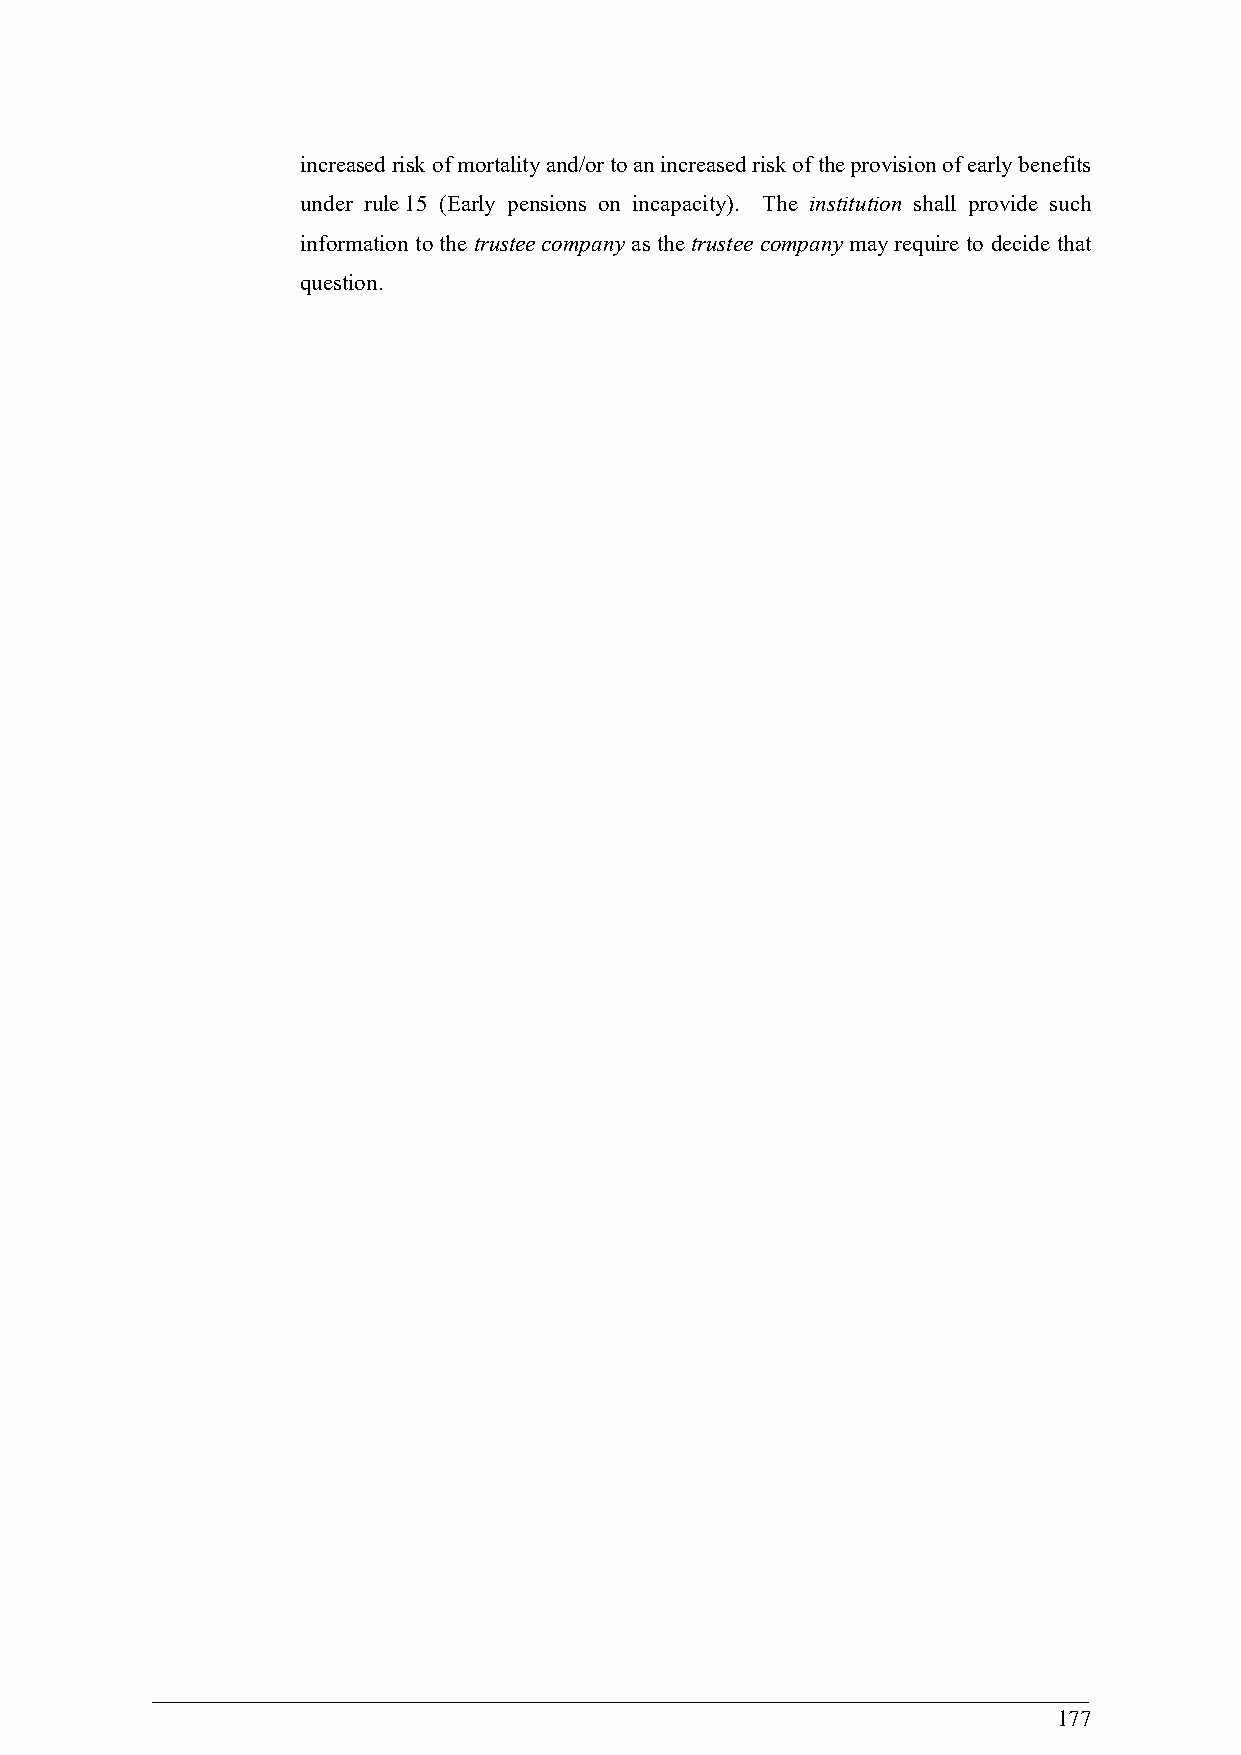
increased risk of mortality and/or to an increased risk of the provision of early benefits
 under rule 15 (Early pensions on incapacity). The institution shall provide such
 information to the trustee company as the trustee company may require to decide that
 question.
 177